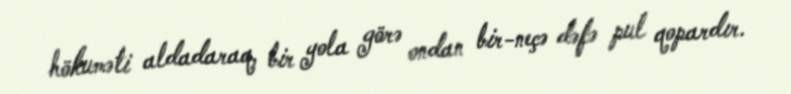
hökuməti aldadaraq, bir yola görə ondan bir-neçə dəfə pul qopardır.